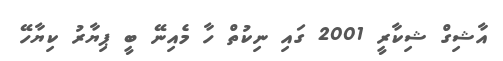
އާޝިގް ޝިކާރީ 2001 ގައި ނިކުތް ހާ މެއިނޭ ބީ ޕިޔާރު ކިޔާހޭ